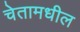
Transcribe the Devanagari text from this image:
चेतामधील